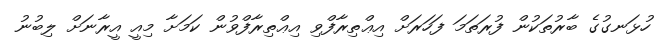
ހުޅަނގުގެ ބާރުތަކުން ފުރަތަމަ ފަހަރަށް އިޢްތިރާފްވި އިޢްތިރާފްވުން ކަމަށާ މިއީ އީރާނަށް ލިބުނު